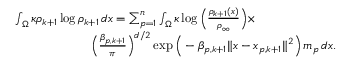
\begin{array} { r l } & { \int _ { \Omega } \kappa \rho _ { k + 1 } \log \rho _ { k + 1 } \, d x = \sum _ { p = 1 } ^ { n } \int _ { \Omega } \kappa \log \Big ( \frac { \rho _ { k + 1 } ( x ) } { \rho _ { \infty } } \Big ) \times } \\ & { \qquad \qquad \qquad \Big ( \frac { \beta _ { p , k + 1 } } { \pi } \Big ) ^ { d / 2 } \exp \Big ( - \beta _ { p , k + 1 } \| x - x _ { p , k + 1 } \| ^ { 2 } \Big ) \, m _ { p } \, d x . } \end{array}